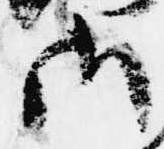
御